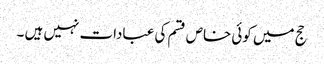
حج میں کوئی خاص قسم کی عبادات نہیں ہیں ۔